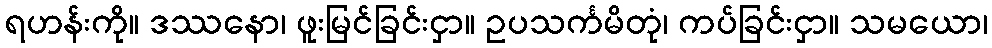
ရဟန်းကို။ ဒဿနော၊ ဖူးမြင်ခြင်းငှာ။ ဥပသင်္ကမိတုံ၊ ကပ်ခြင်းငှာ။ သမယော၊